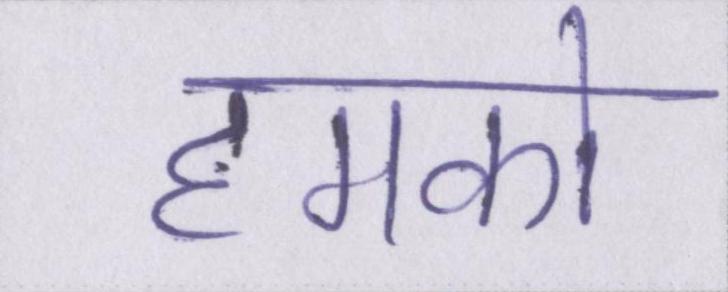
हमको